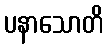
ပနာသောတိ